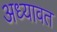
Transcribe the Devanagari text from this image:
अध्यावत